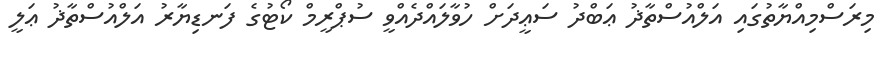
މިރަސްމިއްޔާތުގައި އަލްއުސްތާޛު ޢަބްދު ސަޢީދަށް ހުވާލައްދެއްވީ ސުޕްރީމް ކޯޓުގެ ފަނޑިޔާރު އަލްއުސްތާޛު ޢަލީ